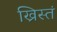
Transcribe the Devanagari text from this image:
ख्रिस्तं